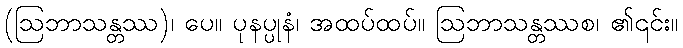
(ဩဘာသန္တဿ)၊ ပေ။ ပုနပ္ပုနံ၊ အထပ်ထပ်။ ဩဘာသန္တဿစ၊ ၏၎င်း။